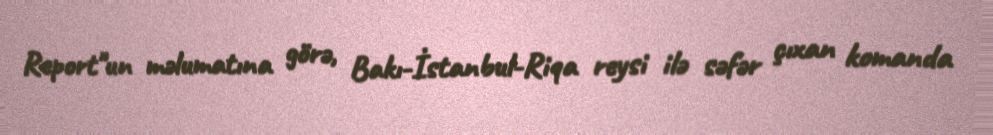
Report"un məlumatına görə, Bakı-İstanbul-Riqa reysi ilə səfər çıxan komanda